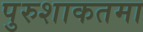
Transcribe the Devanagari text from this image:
पुरुशाकतमा